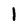
Character: 1